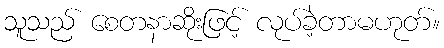
သူသည် စေတနာဆိုးဖြင့် လုပ်ခဲ့တာမဟုတ်။